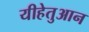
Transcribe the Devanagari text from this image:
यीहेतुआन